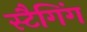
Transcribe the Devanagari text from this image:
स्टैगिंग